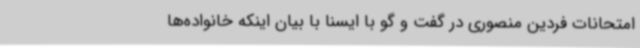
امتحانات فردین منصوری در گفت و گو با ایسنا با بیان اینکه خانواده‌ها